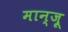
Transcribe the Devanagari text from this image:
मान्ज़ू